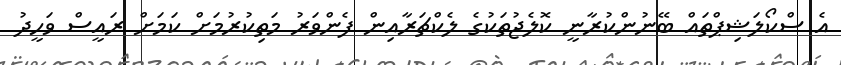
އެ ސްކޯލަޝިޕްތައް ބޭނުންކުރާނީ ކޮލެޖުތަކުގެ ލެކްޗަރާއިން ފެންވަރު މަތިކުރުމަށް ކަމަށް ރައީސް ވަހީދު